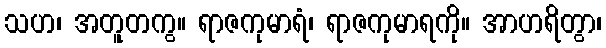
သဟ၊ အတူတကွ။ ရာဇကုမာရံ၊ ရာဇကုမာရကို။ အာဟရိတွာ၊